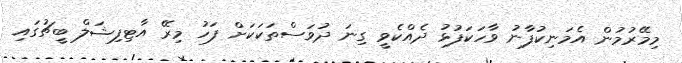
މިމޭރުމުން އެމަނިކުފާނު ވާހަކަފުޅު ދެއްކެވީ ގިނަ ދުވަސްތަކަކަށް ފަހު މިރޭ އާޓިފިޝަލް ބީޗުގައި